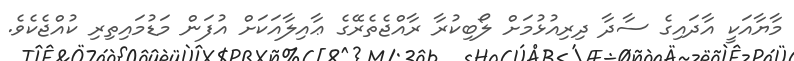
މާޔާއަކީ އާދައިގެ ސާދާ ދިރިއުޅުމަށް ލޯބިކުރާ ރާއްޖެތެރޭގެ ޢާއިލާއަކަށް އުފަން މަޑުމައިތިރި ކުއްޖެކެވެ.